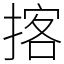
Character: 揢